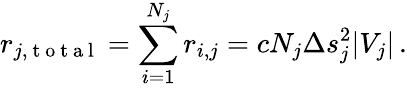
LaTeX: r_{j,\mathrm{~t~o~t~a~l~}}=\sum_{i=1}^{N_{j}}r_{i,j}=cN_{j}\Delta s_{j}^{2}|V_{j}|\, .